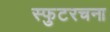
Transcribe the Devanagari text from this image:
स्फुटरचना